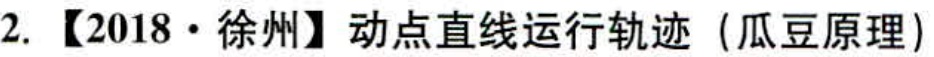
2. 【2018·徐州】动点直线运行轨迹（瓜豆原理）